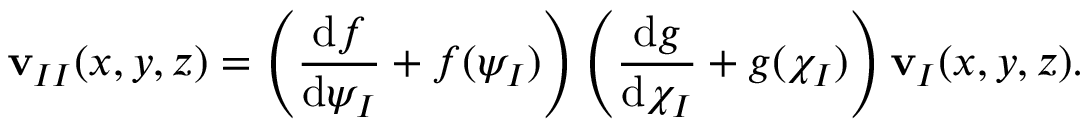
{ \mathbf { v } _ { I I } } ( x , y , z ) = \left( \frac { \mathrm { d } f } { \mathrm { d } \psi _ { I } } + f ( \psi _ { I } ) \right) \left( \frac { \mathrm { d } g } { \mathrm { d } \chi _ { I } } + g ( \chi _ { I } ) \right) { \mathbf { v } _ { I } } ( x , y , z ) .